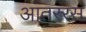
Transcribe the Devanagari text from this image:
आंतररस